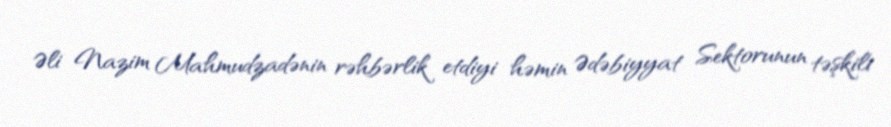
Əli Nazim Mahmudzadənin rəhbərlik etdiyi həmin Ədəbiyyat Sektorunun təşkili